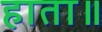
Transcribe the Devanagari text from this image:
हाता॥